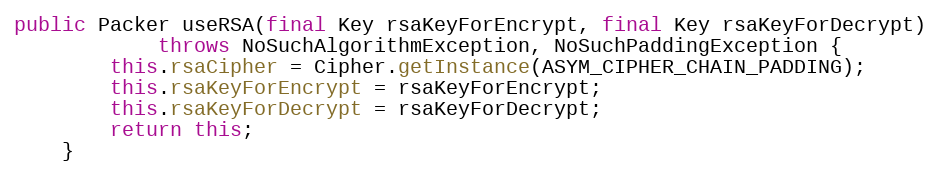
Language: Java
public Packer useRSA(final Key rsaKeyForEncrypt, final Key rsaKeyForDecrypt)
			throws NoSuchAlgorithmException, NoSuchPaddingException {
		this.rsaCipher = Cipher.getInstance(ASYM_CIPHER_CHAIN_PADDING);
		this.rsaKeyForEncrypt = rsaKeyForEncrypt;
		this.rsaKeyForDecrypt = rsaKeyForDecrypt;
		return this;
	}